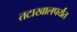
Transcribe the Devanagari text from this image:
तटाखालपर्यंत